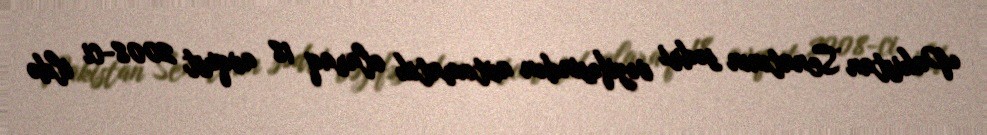
Pakistan Senatının sədri vəzifəsindən avtomatik olaraq 18 avqust 2008-ci ildə